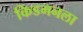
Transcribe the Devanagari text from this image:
किडमनला